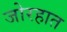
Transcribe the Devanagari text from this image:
जोरहात